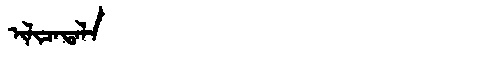
Manchu: ᡳᠯᡳᠴᠠᡨᠠᠯᠠ
Romanization: ILICATALA